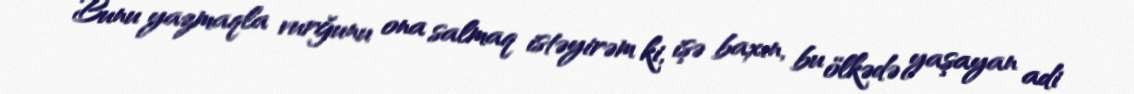
Bunu yazmaqla vurğunu ona salmaq istəyirəm ki, işə baxın, bu ölkədə yaşayan adi